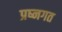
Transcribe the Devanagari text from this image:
प्रष्नगत